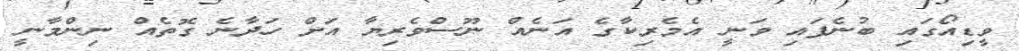
ވީޑިއޯގައި ބުނެފައި ވަނީ އެމެރިކާގެ އަނެއް ނޫސްވެރިޔާ އަށް ހަދާނެ ގޮތެއް ނިންމާނީ